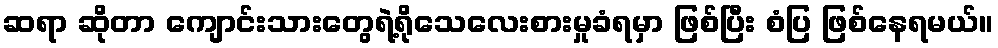
ဆရာ ဆိုတာ ကျောင်းသားတွေရဲ့ရိုသေလေးစားမှုခံရမှာ ဖြစ်ပြီး စံပြ ဖြစ်နေရမယ်။